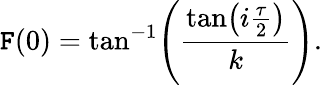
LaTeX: \mathtt{F}(0)=\tan^{-1}\! \left(\frac{{{\tan\! \left(i\frac{{\tau}}{{2}}\right)}}}{{k}}\right).